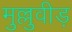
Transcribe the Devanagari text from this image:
मुल्लुवीड़